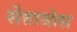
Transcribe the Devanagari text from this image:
सेंतावोस